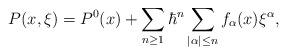
LaTeX: \begin{align*}P(x,\xi)=P^{0}(x)+\sum_{n\geq1}\hbar^{n}\sum_{|\alpha|\leq n}f_{\alpha}(x)\xi^{\alpha},\end{align*}